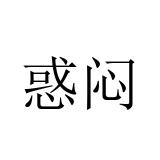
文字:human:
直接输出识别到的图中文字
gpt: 惑闷